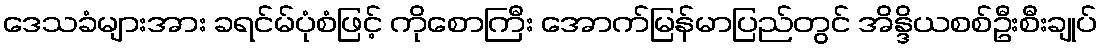
ဒေသခံများအား ခရင်မ်ပုံစံဖြင့် ကိုစောကြီး အောက်မြန်မာပြည်တွင် အိန္ဒိယစစ်ဦးစီးချုပ်